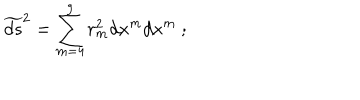
LaTeX: \widetilde { d s } ^ { 2 } = \sum _ { m = 4 } ^ { 9 } r _ { m } ^ { 2 } d x ^ { m } d x ^ { m } \ ;